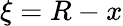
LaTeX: \xi=R-x